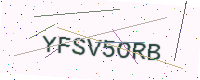
Text: YFSV5ORB